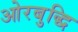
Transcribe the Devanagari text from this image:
ओरबुद्धि